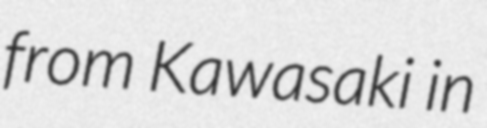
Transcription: from Kawasaki in